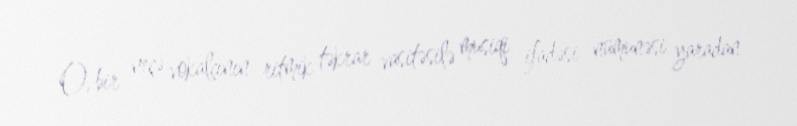
O, bir neçə vokalçının ritmik təkrar vasitəsilə musiqi ifadəsi nümunəsi yaradan